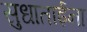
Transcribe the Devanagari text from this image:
सुधाताईना